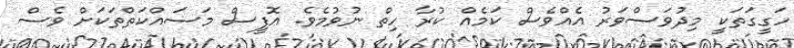
ހަގީގަތަކީ މިދުވަސްވަރު އެއްވެސް ކަމެއް ކުރާ ހިތް ނުވުމެވެ. އޮފީސް މަސައްކަތްތަކަށް ވެސް